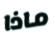
ماذا